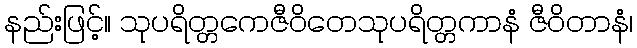
နည်းဖြင့်။ သုပရိတ္တကေဇီဝိတေသုပရိတ္တကာနံ ဇီဝိတာနံ၊